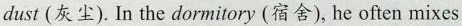
dust (灰尘). In the dormitory (宿舍), he often mixes